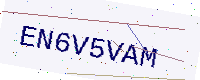
Text: EN6V5VAM